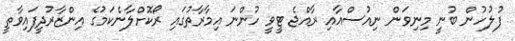
ފުލުހުން ބުނީ މިނިވަން ނިއުސްއާއި ރާއްޖެ ޓީވީ ހުންނަ އިމާރާތުގައި ރޯކޮށްލާނެކަމުގެ އިންޒާރުދީފައިވާތީ